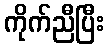
ကိုက်ညီပြီး